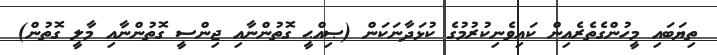
ތިޔަބައި މީހުންގެތެރެއިން ކައިވެނިކުރުމުގެ ކުޅަދާނަކަން (ޞިއްޙީ ގޮތުންނާއި ޖިންސީ ގޮތުންނާއި މާލީ ގޮތުން)